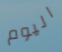
اليوم